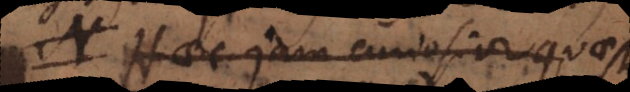
Haec jam curiosior quaestio